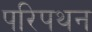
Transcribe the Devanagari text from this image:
परिपथन